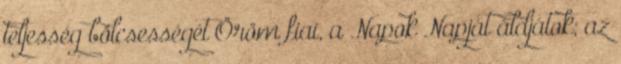
teljesség bölcsességét Öröm fiai, a Napok Napját áldjátok; az